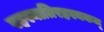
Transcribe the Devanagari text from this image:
रहस्यातिरहस्यकम्